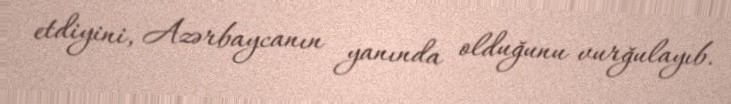
etdiyini, Azərbaycanın yanında olduğunu vurğulayıb.